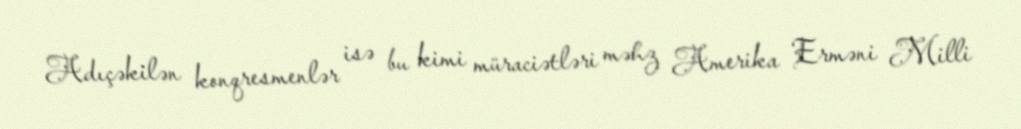
Adıçəkilən konqresmenlər isə bu kimi müraciətləri məhz Amerika Erməni Milli